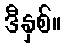
ဒီနှစ်။